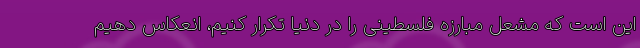
این است که مشعل مبارزه فلسطینی را در دنیا تکرار کنیم، انعکاس دهیم